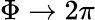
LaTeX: \Phi\to 2\pi